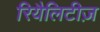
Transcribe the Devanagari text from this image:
रियैलिटीज़